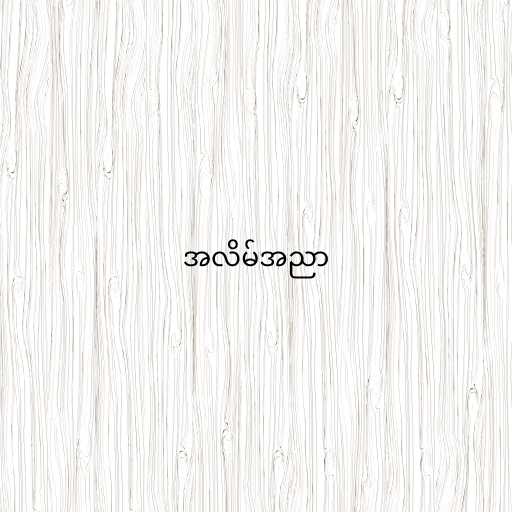
အလိမ်အညာ